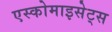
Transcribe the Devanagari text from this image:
एस्कोमाइसेट्स